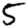
Digit: 5